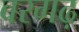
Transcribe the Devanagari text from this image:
वरगढ़